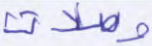
وصلات